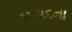
૧૫૫૬ના